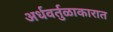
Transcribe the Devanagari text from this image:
अर्धवर्तुळाकारात